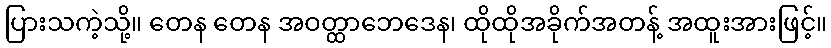
ပြားသကဲ့သို့။ တေန တေန အဝတ္ထာဘေဒေန၊ ထိုထိုအခိုက်အတန့် အထူးအားဖြင့်။